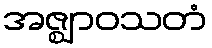
အဇ္ဈာဝသတံ